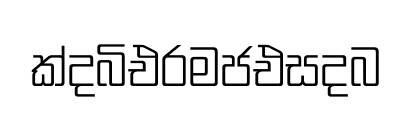
ක්දබිඑරමජඑසදබ